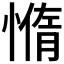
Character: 𰒇